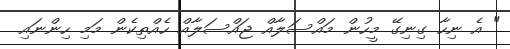
" އެ ނިހާ ގިނިގޭ މީހުން މައްސަލާއް ޖައްސަލާއް ހެއްތިކެން މަމި ހިންނައި